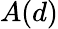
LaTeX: A(d)